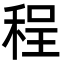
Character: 程